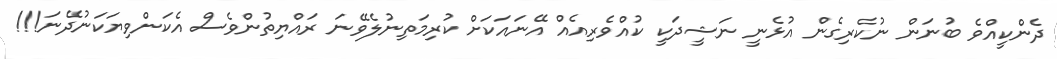
ދެންކީއްވެ ބުނަން ނުކެރިގެން އުޅެނީ ނަޝީދަކީ ކުއްވެރިއެއް އޭނައަކަށް ކުރިމަތިނުލެވޭނަ ރައްޔިތުންވެސް އެކަންވިޔަކަނުދޭނަ!!!